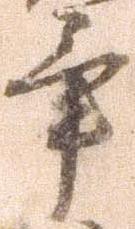
畢